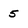
Character: 5